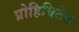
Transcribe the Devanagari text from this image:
प्रोहिबिटेड